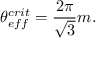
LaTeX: \theta _ { e f f } ^ { c r i t } = \frac { 2 \pi } { \sqrt { 3 } } m .